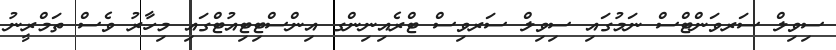
ސިވިލް ސަރވަންޓްސް ނަމުގައި ސިވިލް ސަރވިސް ޓްރެއިނިންގ އިންސްޓިޓިއުޓްގައި މިހާރު ވެސް ތަމްރީނު